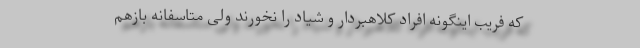
که فریب اینگونه افراد کلاهبردار و شیاد را نخورند ولی متاسفانه بازهم